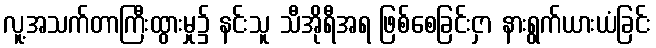
လူ့အသက်တာကြီးထွားမှု၌ နင်းသူ သီအိုရီအရ ဖြစ်စေခြင်းငှာ နားရွက်ယားယံခြင်း